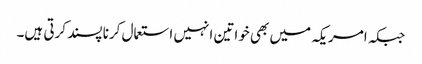
جبکہ امریکہ میں بھی خواتین انہیں استعمال کرنا پسند کرتی ہیں۔